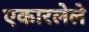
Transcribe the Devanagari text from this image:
एकारलेले